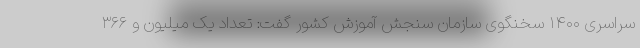
سراسری ۱۴۰۰ سخنگوی سازمان سنجش آموزش کشور گفت: تعداد یک میلیون و ۳۶۶